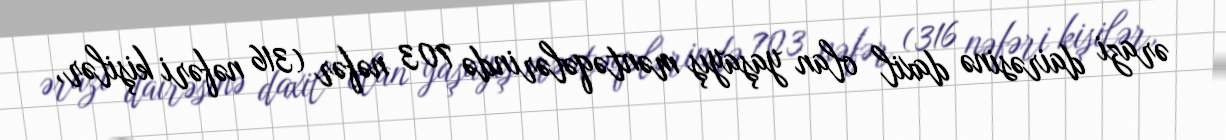
ərazi dairəsinə daxil olan yaşayış məntəqələrində 703 nəfər (316 nəfəri kişilər,